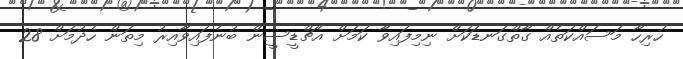
ހުރިހާ މަސައްކަތެއް ގާތްގަނޑަކަށް ނިމިފައިވާ ކަމަށް އެޗްޑީސީން ބުނެފައިވާއިރު މިތަން ހެދުމަށް 28